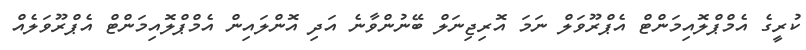
ކުރީގެ އެމްޕްލޮއިމަންޓް އެޕްރޫވަލް ނަމަ އޮރިޖިނަލް ބޭނުންވާނެ އަދި އޮންލައިން އެމްޕްލޮއިމަންޓް އެޕްރޫވަލެއް